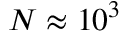
N \approx 1 0 ^ { 3 }